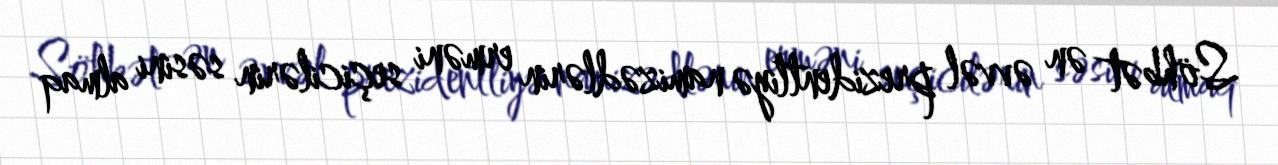
Söhbət ən əvvəl prezidentliyə namizədlərin erməni seçicilərin səsini almaq